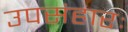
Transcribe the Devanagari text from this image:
उपसंहारः